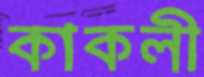
কাকলী